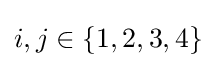
i,j\in \{1,2,3,4\}